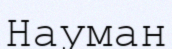
Науман